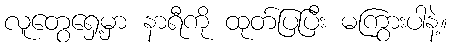
လူတွေရှေ့မှာ နာရီကို ထုတ်ပြပြီး မကြွားပါနဲ့။